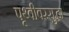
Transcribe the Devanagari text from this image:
पृथ्वीवरसुद्धा